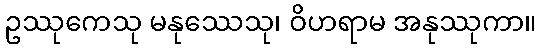
ဥဿုကေသု မနုဿေသု၊ ဝိဟရာမ အနုဿုကာ။